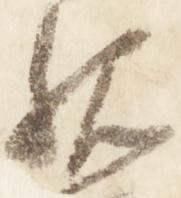
親